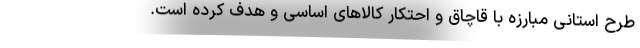
طرح استانی مبارزه با قاچاق و احتکار کالاهای اساسی و هدف کرده است.